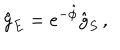
LaTeX: { \hat { g } } _ { E } = e ^ { - \hat { \phi } } { \hat { g } } _ { S } \, ,